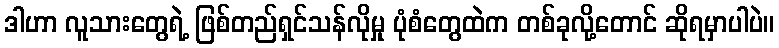
ဒါဟာ လူသားတွေရဲ့ ဖြစ်တည်ရှင်သန်လိုမှု ပုံစံတွေထဲက တစ်ခုလို့တောင် ဆိုရမှာပါပဲ။